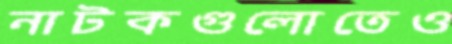
নাটকগুলোতেও